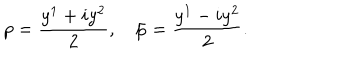
p = \frac { y ^ { 1 } + i y ^ { 2 } } { 2 } , \quad \bar { p } = \frac { y ^ { 1 } - i y ^ { 2 } } { 2 } .